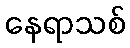
နေရာသစ်